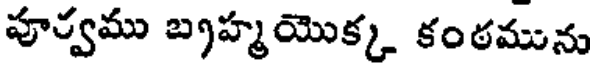
పూర్వము బ్రహ్మయొక్క కంఠమును